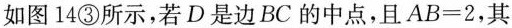
如图14③所示，若D是边BC的中点，且$$AB=2$$，其